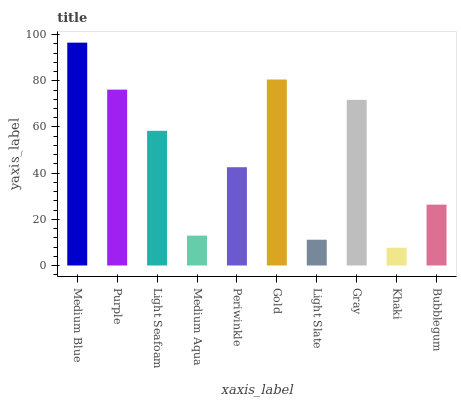
| xaxis_label | bars |
 | --- | --- |
 | Medium Blue | 96.5 |
 | Purple | 76.2 |
 | Light Seafoam | 58.3 |
 | Medium Aqua | 12.9 |
 | Periwinkle | 42.6 |
 | Gold | 80.6 |
 | Light Slate | 11.2 |
 | Gray | 71.7 |
 | Khaki | 7.7 |
 | Bubblegum | 26.4 |